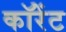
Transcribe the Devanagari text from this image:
कॉरेंट